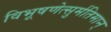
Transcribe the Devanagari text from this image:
विभूषणेत्सुर्मतिमान्